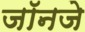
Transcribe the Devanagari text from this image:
जॉनजे